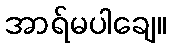
အာရ်မပါချေ။